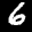
Label: 6